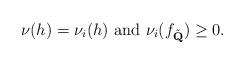
LaTeX: \begin{align*}\nu(h)=\nu_i(h)\mbox{ and }\nu_i(f_{\tilde{\textbf{Q}}})\geq 0.\end{align*}